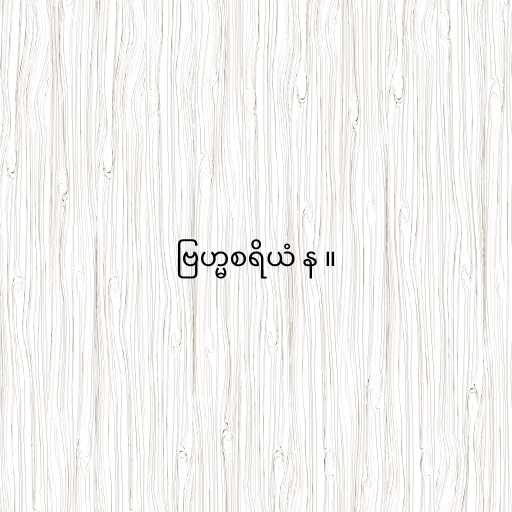
ဗြဟ္မစရိယံ န ။